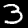
Label: 3